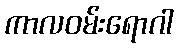
ကာလဝမ်းရောဂါ